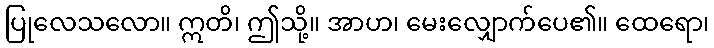
ပြုလေသလော။ ဣတိ၊ ဤသို့။ အာဟ၊ မေးလျှောက်ပေ၏။ ထေရော၊